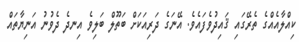
ކިއްލާއެއްގެ ތެރޭގައި ޤައިދުވެފައެވެ. އޭނަގެ ދަރިއަކަށް ބަތޫލް ބަލިވެ އިނދެ ދެވުނު އަނިޔާތައް